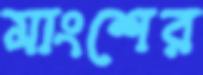
মাংশের